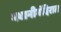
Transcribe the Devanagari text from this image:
भवानीमंदिरात